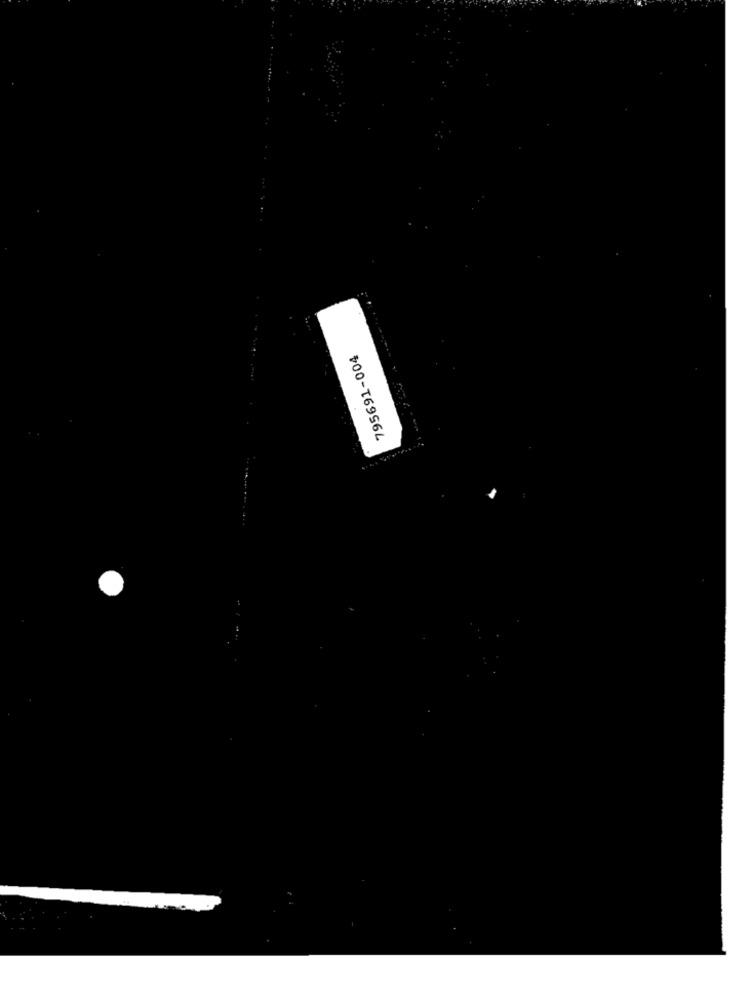
795691-004